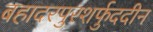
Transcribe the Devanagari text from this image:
बहादरपुरशर्फुददीन